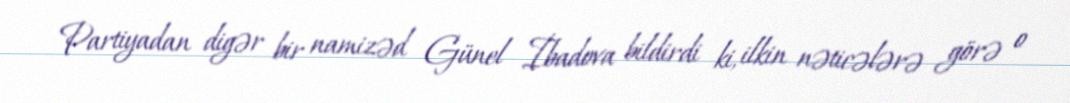
Partiyadan digər bir namizəd Günel İbadova bildirdi ki, ilkin nəticələrə görə o